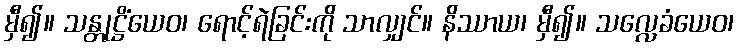
မှီ၍။ သန္တုဋ္ဌိံယေဝ၊ ရောင့်ရဲခြင်းကို သာလျှင်။ နိဿာယ၊ မှီ၍။ သလ္လေခံယေဝ၊